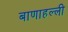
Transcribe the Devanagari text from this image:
बाणाहल्ली